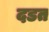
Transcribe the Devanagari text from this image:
दडत